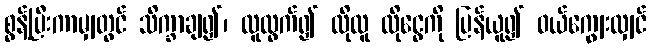
စွန့်ပြီးကာမျှတွင် သိက္ခာချ၍၊ လူထွက်၍ ထိုလူ ထိုငွေကို ပြန်ယူ၍ ဝယ်ကျွေးလျှင်